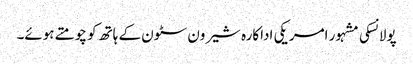
پولانسکی مشہور امریکی اداکارہ شیرون سٹون کے ہاتھ کو چومتے ہوئے۔